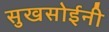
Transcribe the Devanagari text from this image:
सुखसोईनी